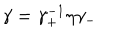
\gamma = \gamma _ { + } ^ { - 1 } \eta \gamma _ { - }